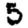
Digit: 5